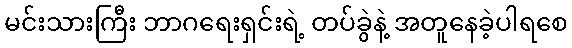
မင်းသားကြီး ဘာဂရေးရှင်းရဲ့ တပ်ခွဲနဲ့ အတူနေခဲ့ပါရစေ